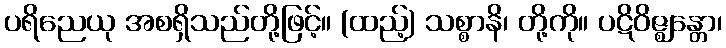
ပရိညေယု အစရှိသည်တို့ဖြင့်။ (ထည့်) သစ္စာနိ၊ တို့ကို။ ပဋိဝိဇ္ဈန္တော၊